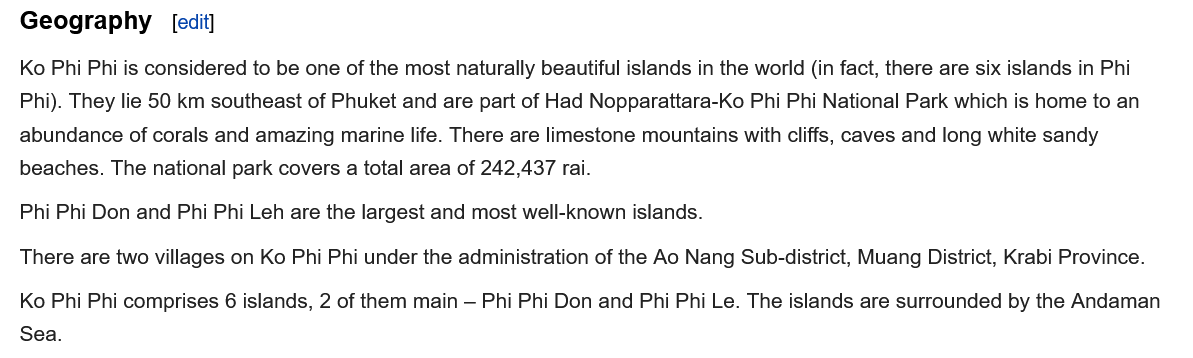
Ko Phi Phi comprises
  6
     islands, 2 of them main
     —
     Phi Phi Don and Phi Phi Le. The islands are surrounded by the Andaman
  Sea.
  There are two villages on Ko Phi Phi under the administration of the Ao Nang Sub-district, Muang District, Krabi Province.
  Phi Phi Don and Phi Phi Leh are the largest and most well-known islands.
  Ko Phi Phi is considered to be one of the most naturally beautiful islands in the world (in fact, there are six islands in Phi
  Phi). They lie 50 km southeast of Phuket and are part of Had Nopparattara-Ko Phi Phi National Park which is home to an
  abundance of corals and amazing marine life. There are limestone mountains with cliffs, caves and long white sandy
  beaches. The national park covers a total area of 242,437 rai.
  Geography    [edit]